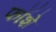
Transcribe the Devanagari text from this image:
फॉशे